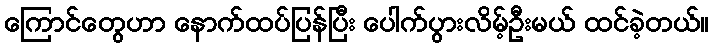
ကြောင်တွေဟာ နောက်ထပ်ပြန်ပြီး ပေါက်ပွားလိမ့်ဦးမယ် ထင်ခဲ့တယ်။